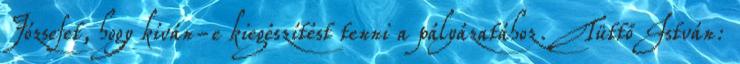
Józsefet, hogy kíván-e kiegészítést tenni a pályázatához. Tüttő István: